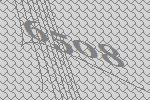
6508